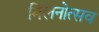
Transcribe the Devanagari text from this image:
मिलनोत्सव